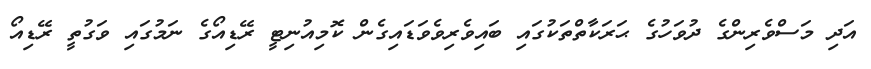
އަދި މަސްވެރިންގެ ދުވަހުގެ ޙަރަކާތްތަކުގައި ބައިވެރިވެވަޑައިގެން ކޮމިއުނިޓީ ރޭޑިއޯގެ ނަމުގައި ވަގުތީ ރޭޑިއޯ